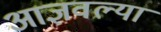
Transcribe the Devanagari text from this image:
आज्ञवल्या